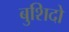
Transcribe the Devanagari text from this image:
बुशिदो